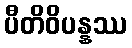
ပီတိဝိပန္နဿ